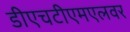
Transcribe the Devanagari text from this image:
डीएचटीएमएलवर